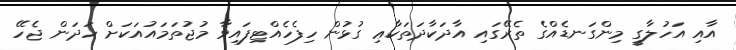
އާއި އަހުލާގީ މިންގަނޑެއްގެ ތެރޭގައި އާދަކާދަތަކާޢި ގުޅުން ހިފެހެއްޓިފައިވާ މުޖުތަމައުއަކަށް ހަދަން ޖެހޭ